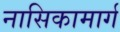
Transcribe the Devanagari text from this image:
नासिकामार्ग